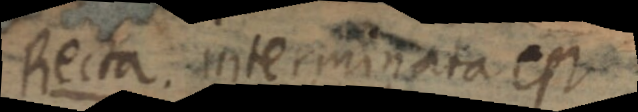
Recta interminata est